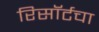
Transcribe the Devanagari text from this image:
रिसॉर्टचा